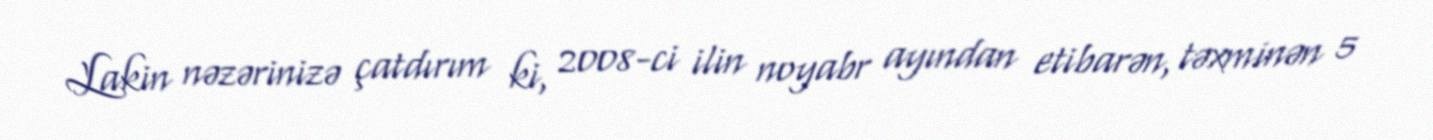
Lakin nəzərinizə çatdırım ki, 2008-ci ilin noyabr ayından etibarən, təxminən 5